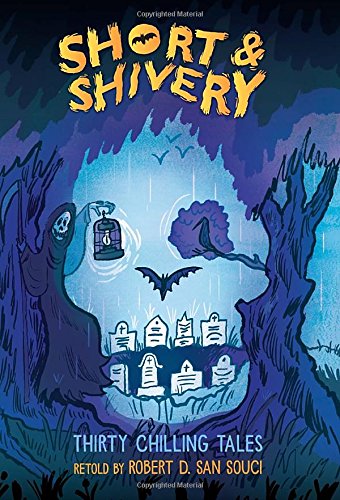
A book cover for Short & Shivery; Robert D. San Souci; Politics & Social Sciences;